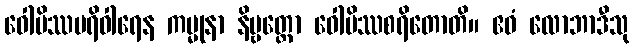
ဝေါမိဿပရိဝါရေန ကမ္မုနာ နိဗ္ဗတ္တော ဝေါမိဿစရိတောတိ။ ဧဝံ လောဘာဒီသု